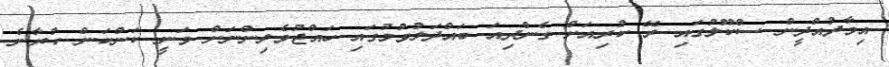
އިމާދުއްދީން ސްކޫލުގައި ރޭ ކުރިއަށް ގެންދިއަ ބައްދަލުވުމުގައި ހައްޖުވެރިންނަށް ވަނީ ކަންކަން ކުރާނެ